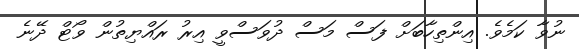
ނުވާ ކަމެވެ. އިންތިހާބަށް ފަސް މަސް ދުވަސްވީ އިރު ރައްޔިތުން ވޯޓް ދޭނެ